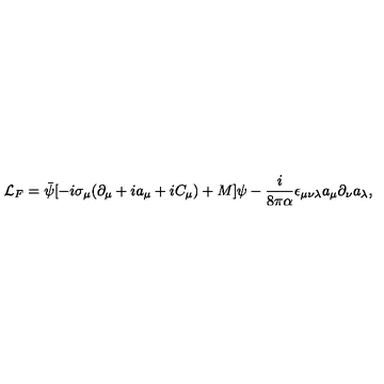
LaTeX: { \cal L } _ { F } = \bar { \psi } [ - i \sigma _ { \mu } ( \partial _ { \mu } + i a _ { \mu } + i C _ { \mu } ) + M ] \psi - \frac { i } { 8 \pi \alpha } \epsilon _ { \mu \nu \lambda } a _ { \mu } \partial _ { \nu } a _ { \lambda } ,